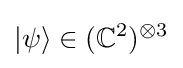
|\psi \rangle \in (\mathbb {C} ^{2})^{\otimes 3}